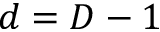
d = D - 1